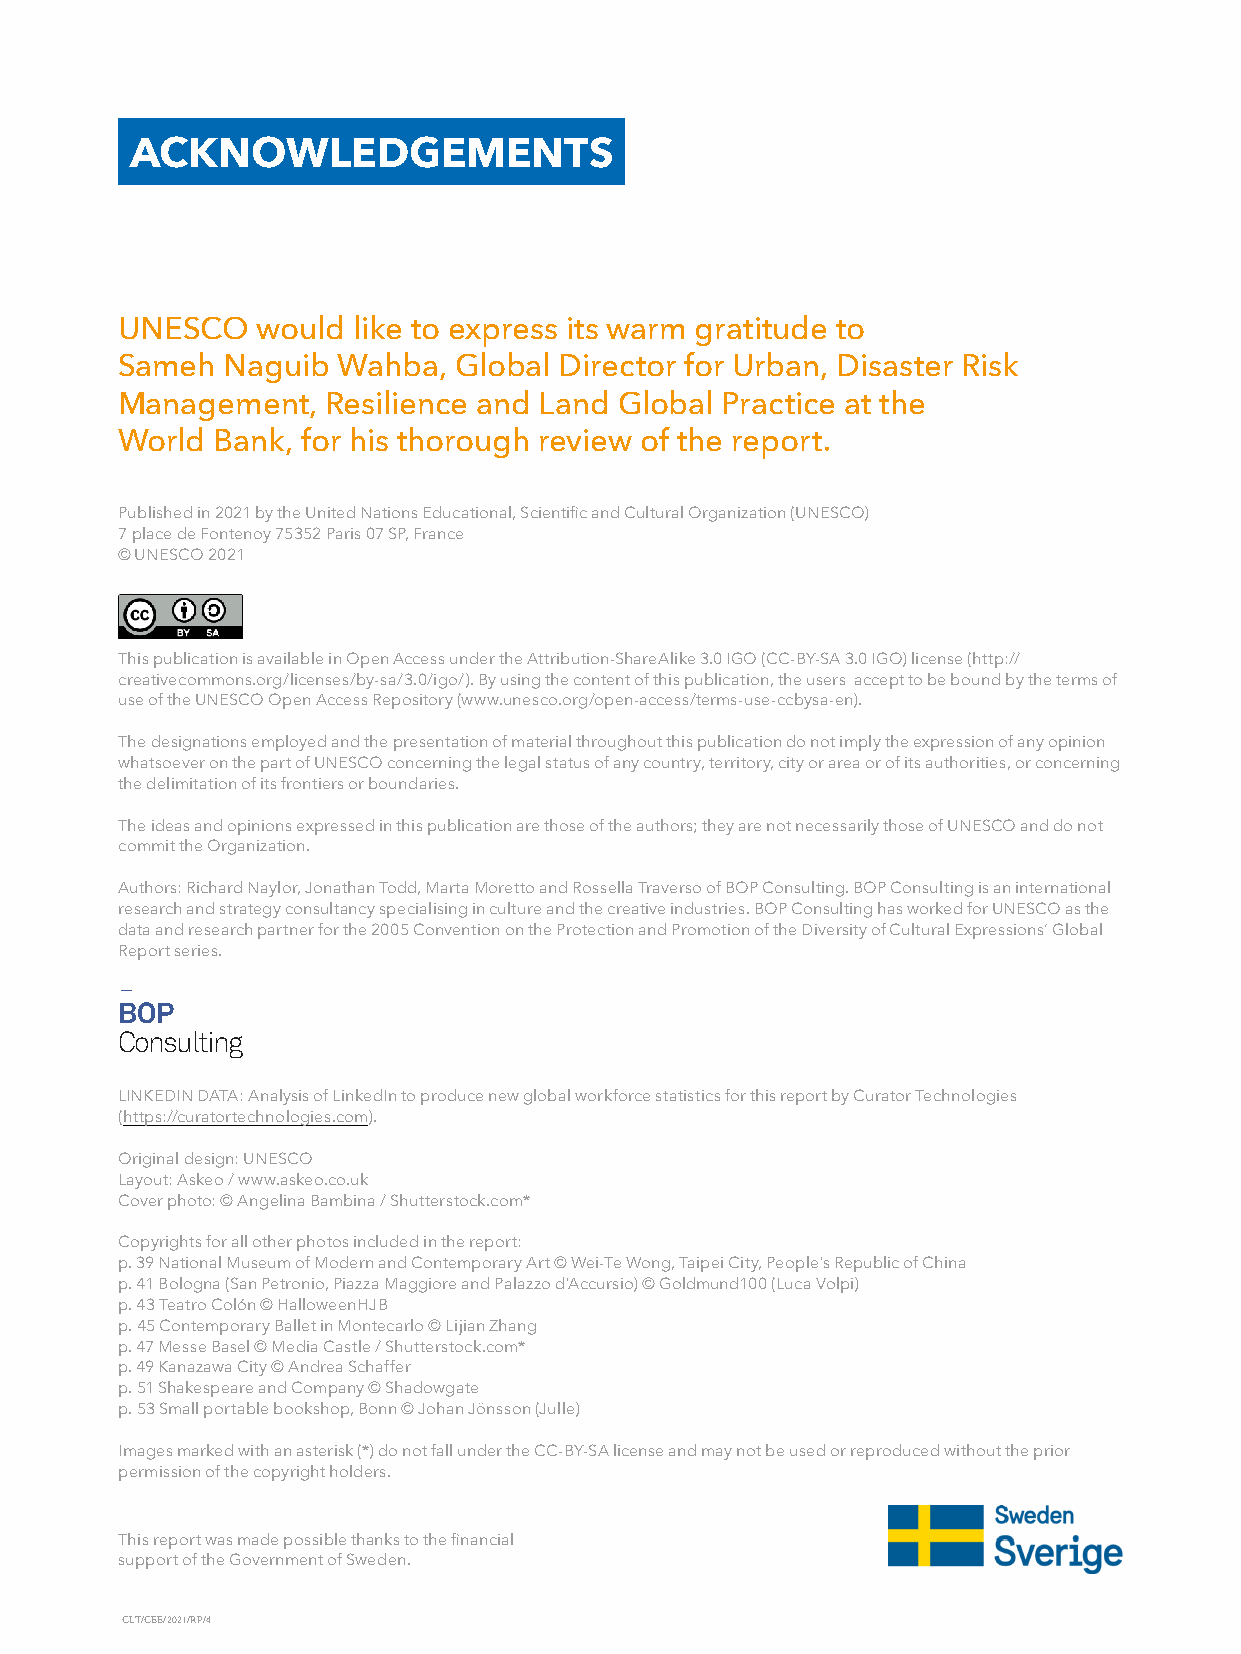
ACKNOWLEDGEMENTS
 UNESCO   would like to express its warm gratitude to
 Sameh  Naguib Wahba,  Global Director for Urban, Disaster Risk
 Management,   Resilience and Land Global Practice at the
 World Bank, for his thorough review of the report.
 Published in 2021 by the United Nations Educational, Scientific and Cultural Organization (UNESCO)
 7 place de Fontenoy 75352 Paris 07 SP, France
 © UNESCO 2021
 This publication is available in Open Access under the Attribution-ShareAlike 3.0 IGO (CC-BY-SA 3.0 IGO) license (http://
 creativecommons.org/licenses/by-sa/3.0/igo/). By using the content of this publication, the users accept to be bound by the terms of
 use of the UNESCO Open Access Repository (www.unesco.org/open-access/terms-use-ccbysa-en).
 The designations employed and the presentation of material throughout this publication do not imply the expression of any opinion
 whatsoever on the part of UNESCO concerning the legal status of any country, territory, city or area or of its authorities, or concerning
 the delimitation of its frontiers or boundaries.
 The ideas and opinions expressed in this publication are those of the authors; they are not necessarily those of UNESCO and do not
 commit the Organization.
 Authors: Richard Naylor, Jonathan Todd, Marta Moretto and Rossella Traverso of BOP Consulting. BOP Consulting is an international
 research and strategy consultancy specialising in culture and the creative industries. BOP Consulting has worked for UNESCO as the
 data and research partner for the 2005 Convention on the Protection and Promotion of the Diversity of Cultural Expressions’ Global
 Report series.
 —
 BOP
 Consulting
 LINKEDIN DATA: Analysis of LinkedIn to produce new global workforce statistics for this report by Curator Technologies
 (https://curatortechnologies.com).
 Original design: UNESCO
 Layout: Askeo / www.askeo.co.uk
 Cover photo: © Angelina Bambina / Shutterstock.com*
 Copyrights for all other photos included in the report:
 p. 39 National Museum of Modern and Contemporary Art © Wei-Te Wong, Taipei City, People's Republic of China
 p. 41 Bologna (San Petronio, Piazza Maggiore and Palazzo d'Accursio) © Goldmund100 (Luca Volpi)
 p. 43 Teatro Colón © HalloweenHJB
 p. 45 Contemporary Ballet in Montecarlo © Lijian Zhang
 p. 47 Messe Basel © Media Castle / Shutterstock.com*
 p. 49 Kanazawa City © Andrea Schaffer
 p. 51 Shakespeare and Company © Shadowgate
 p. 53 Small portable bookshop, Bonn © Johan Jönsson (Julle)
 Images marked with an asterisk (*) do not fall under the CC-BY-SA license and may not be used or reproduced without the prior
 permission of the copyright holders.
 This report was made possible thanks to the financial
 support of the Government of Sweden.
 CLT/CEE/2021/RP/4